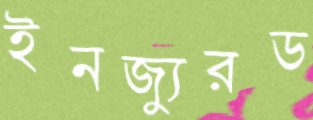
ইনজ্যুরড